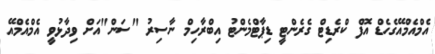
އެމްއެމްއޭގެހެޑް އޮފް ކްރެޑިޓް ގެރެންޓީ ޑިޕާޓްމެންޓު އިބްރާހިމް ނާސިރު "ސަން"އަށް ވިދާޅުވީ އެމްއެމްއޭ